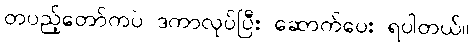
တပည့်တော်ကပဲ ဒကာလုပ်ပြီး ဆောက်ပေး ရပါတယ်။